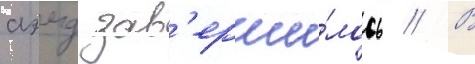
аэмд зав'ерши́лось // В